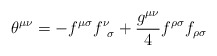
\begin{align*}{\theta}^{{\mu}{\nu}}=-f^{{\mu}{\sigma}}f^{\nu}_{\;\;{\sigma}}+\frac{g^{{\mu}{\nu}}}{4}f^{{\rho}{\sigma}}f_{{\rho}{\sigma}} \end{align*}